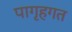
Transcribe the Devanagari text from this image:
पागृहगत